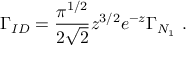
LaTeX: \Gamma _ { I D } = \frac { \pi ^ { 1 / 2 } } { 2 \sqrt { 2 } } z ^ { 3 / 2 } e ^ { - z } \Gamma _ { N _ { 1 } } \ .